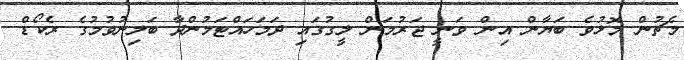
މެޗުން މޮޅުވެ ބަޔާން އިން ވަނީ ޖަރުމަން ލީގުގައި ދަމަހައްޓަމުންދާ ބަލިނުވުމުގެ ރެކޯޑް